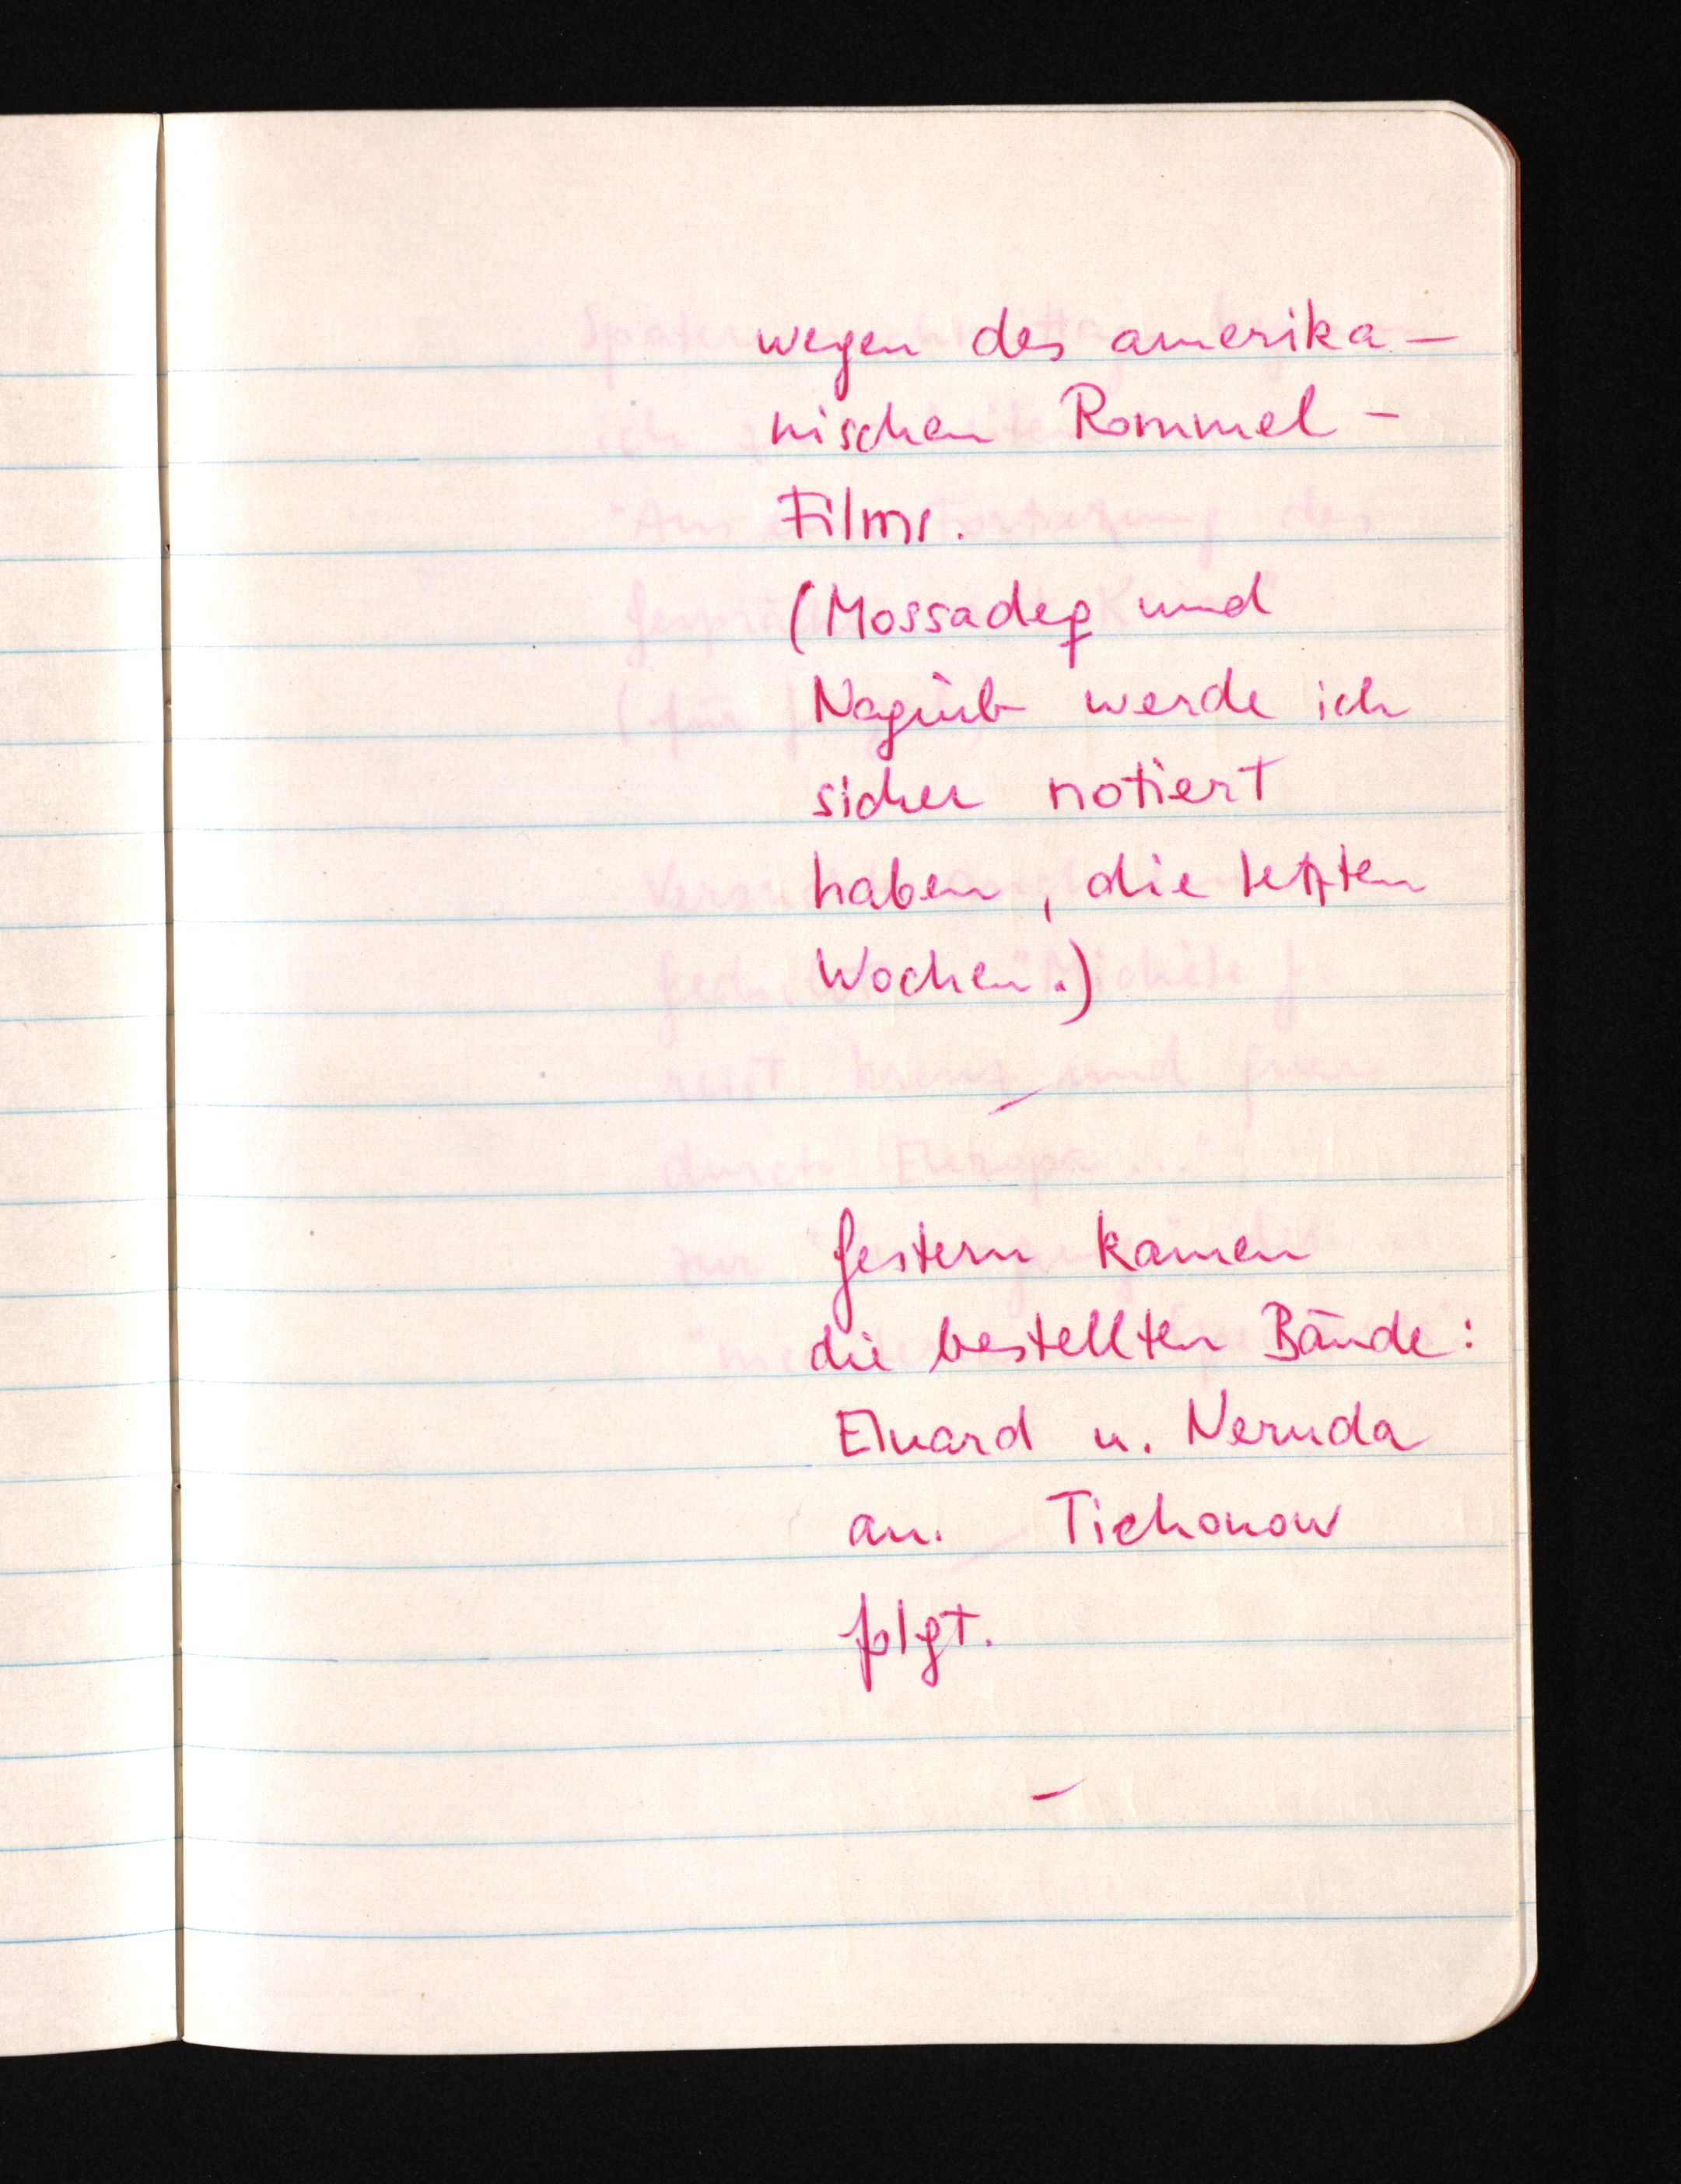
wegen des amerika¬
nischen Rommel-
Films.
(Mossadeq und
Naguib werde ich
sicher notiert
haben, die letzten
Wochen.)
Gestern kamen
die bestellten Bände:
Eluard u. Neruda
an. Tiechonow
folgt.